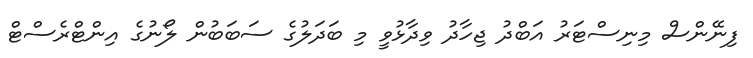
ފިނޭންސް މިނިސްޓަރު އަބްދު ޖިހާދު ވިދާޅުވީ މި ބަދަލުގެ ސަބަބުން ލޯނުގެ އިންޓްރެސްޓް